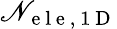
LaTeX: \mathscr{N}_{\mathrm{{~e~l~e~,~1~D~}}}